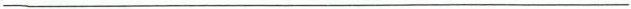
___